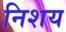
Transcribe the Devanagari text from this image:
निशय